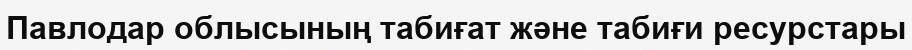
Павлодар облысының табиғат және табиғи ресурстары